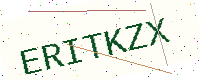
Text: ERITKZX